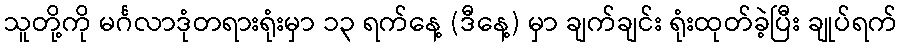
သူတို့ကို မင်္ဂလာဒုံတရားရုံးမှာ ၁၃ ရက်နေ့ (ဒီနေ့) မှာ ချက်ချင်း ရုံးထုတ်ခဲ့ပြီး ချုပ်ရက်